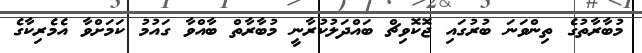
މުބާރާތުގެ ތިންވަަނަ ބުރުގައި ޖޮކޮވިޗް ބައްދަލުކުރާނީ މުބާރާތް ބާއްވާ ގައުމު ކަމަށްވާ އެމެރިކާގެ